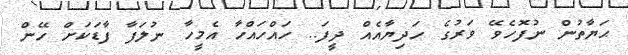
ޙަޔާތުން ނުފޮހެވޭ ވަރުގެ ހަދިޔާއެއް ދީފަ.. ހައްހައްހާ އެމީހާ ނުލަފާ ފާޑަކަށް ހޭން